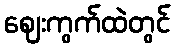
ဈေးကွက်ထဲတွင်